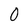
Character: 0